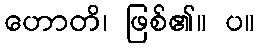
ဟောတိ၊ ဖြစ်၏။ ပ။